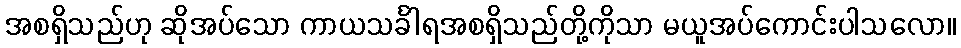
အစရှိသည်ဟု ဆိုအပ်သော ကာယသင်္ခါရအစရှိသည်တို့ကိုသာ မယူအပ်ကောင်းပါသလော။